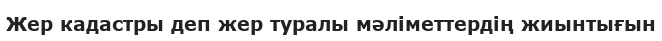
Жер кадастры деп жер туралы мәліметтердің жиынтығын